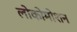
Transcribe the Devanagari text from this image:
लोकोमोशन